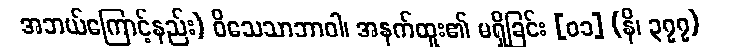
အဘယ်ကြောင့်နည်း) ဝိသေသာဘာဝါ၊ အနက်ထူး၏ မရှိခြင်း [၀၁] (နိ၊ ၃၇၇)